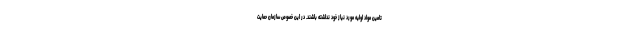
تامین مواد اولیه مورد نیاز خود نداشته باشند. در این خصوص سازمان حمایت